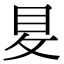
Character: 𡕥